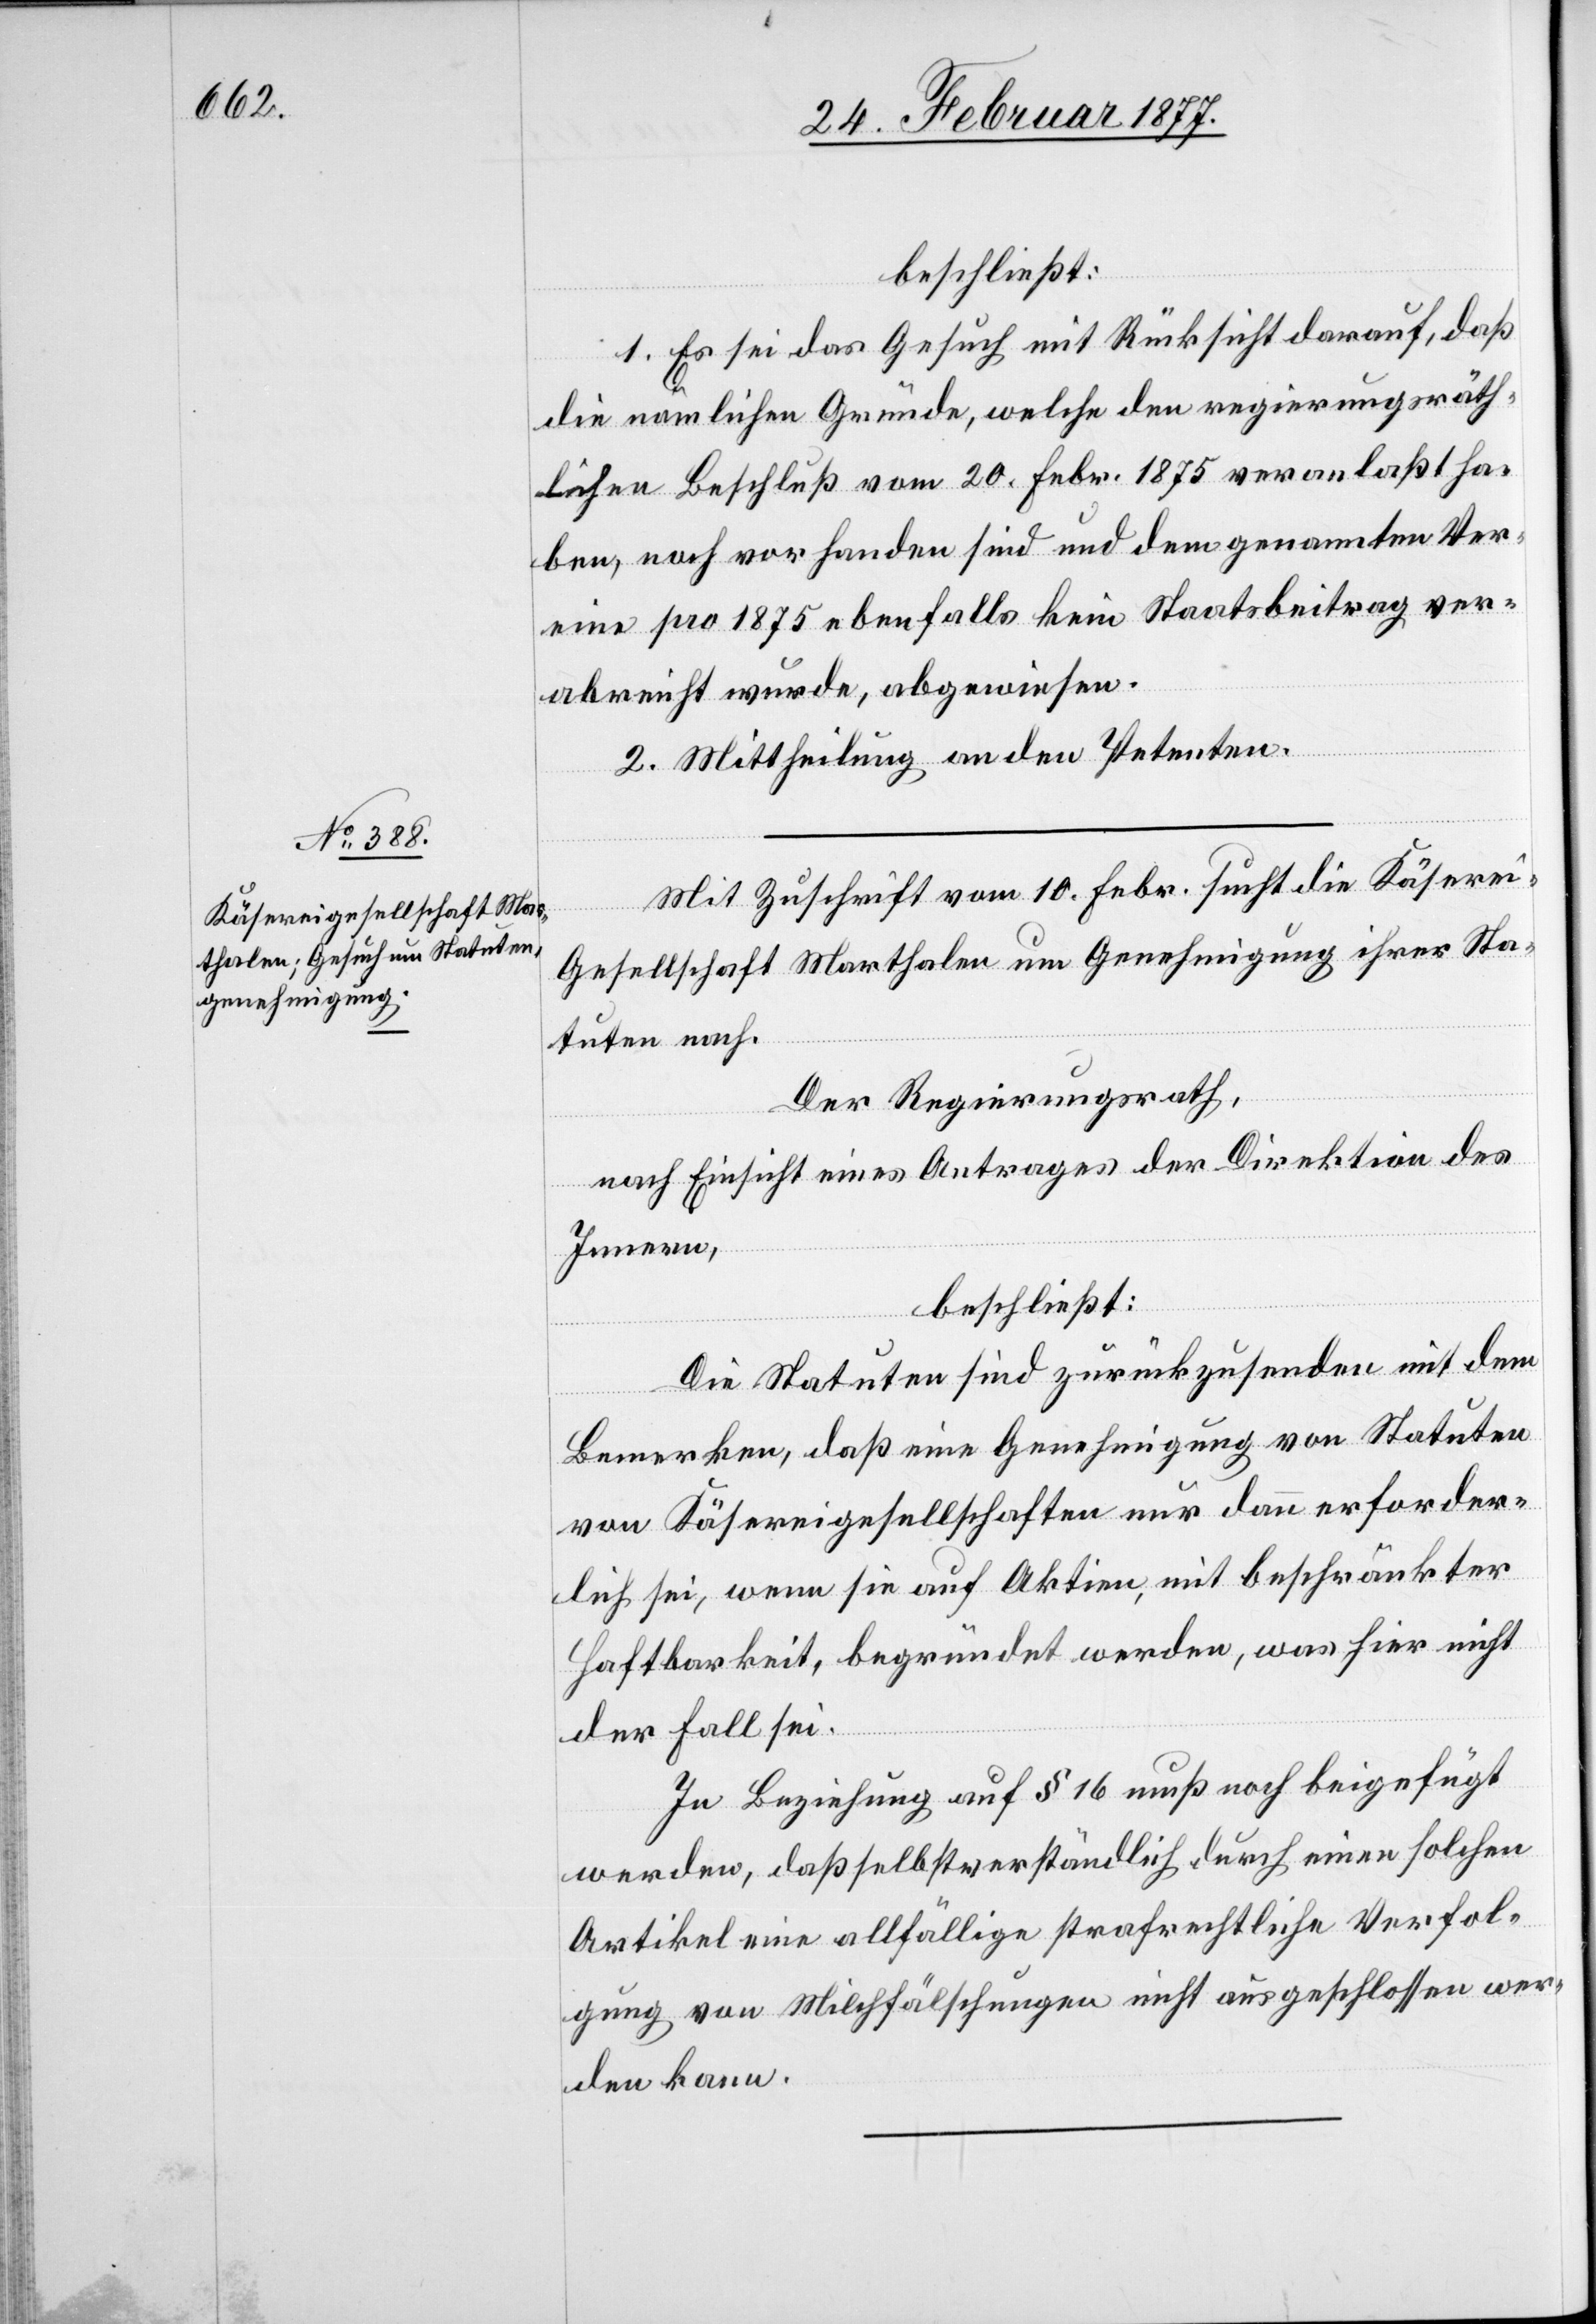
beschließt:
1. Es sei das Gesuch mit Rücksicht darauf, daß
die nämlichen Gründe, welche den regierungsräth¬
lichen Beschluß vom 20. Febr. 1875 veranlaßt ha¬
ben, noch vorhanden sind und dem genannten Ver¬
eine pro 1875 ebenfalls kein Staatsbeitrag ver¬
abreicht wurde, abgewiesen.
2. Mittheilung an den Petenten.
Mit Zuschrift vom 10. Febr. sucht die Käsere¬
i-Gesellschaft Marthalen um Genehmigung ihrer Sta¬
tuten nach.
Der Regierungsrath,
nach Einsicht eines Antrages der Direktion des
Innern,
beschließt:
Die Statuten sind zurückzusenden mit dem
Bemerken, daß eine Genehmigung von Statuten
von Käsereigesellschaften nur dann erforder¬
lich sei, wenn sie auf Aktien, mit beschränkter
Haftbarkeit, begründet werden, was hier nicht
der Fall sei.
In Beziehung auf § 16 muß noch beigefügt
werden, daß selbstverständlich durch einen solchen
Artikel eine allfällige strafrechtliche Verfol¬
gung von Milchfälschungen nicht ausgeschlossen wer¬
den kann.